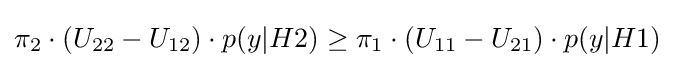
\pi _{2}\cdot (U_{22}-U_{12})\cdot p(y|H2)\geq \pi _{1}\cdot (U_{11}-U_{21})\cdot p(y|H1)